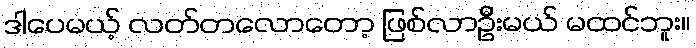
ဒါပေမယ့် လတ်တလောတော့ ဖြစ်လာဦးမယ် မထင်ဘူး။